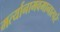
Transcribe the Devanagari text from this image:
मर्त्यानामवमानात्परं